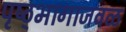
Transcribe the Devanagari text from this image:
पृष्ठ्भागाजवळ